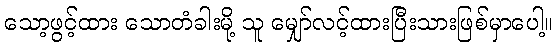
သော့ဖွင့်ထား သောတံခါးမို့ သူ မျှော်လင့်ထားပြီးသားဖြစ်မှာပေါ့။